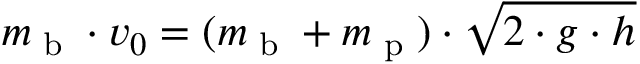
m _ { \textrm { b } } \cdot v _ { 0 } = ( m _ { \textrm { b } } + m _ { \textrm { p } } ) \cdot { \sqrt { 2 \cdot g \cdot h } }